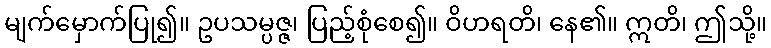
မျက်မှောက်ပြု၍။ ဥပသမ္ပဇ္ဇ၊ ပြည့်စုံစေ၍။ ဝိဟရတိ၊ နေ၏။ ဣတိ၊ ဤသို့။